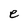
Character: e